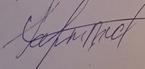
Signature authenticity: forged